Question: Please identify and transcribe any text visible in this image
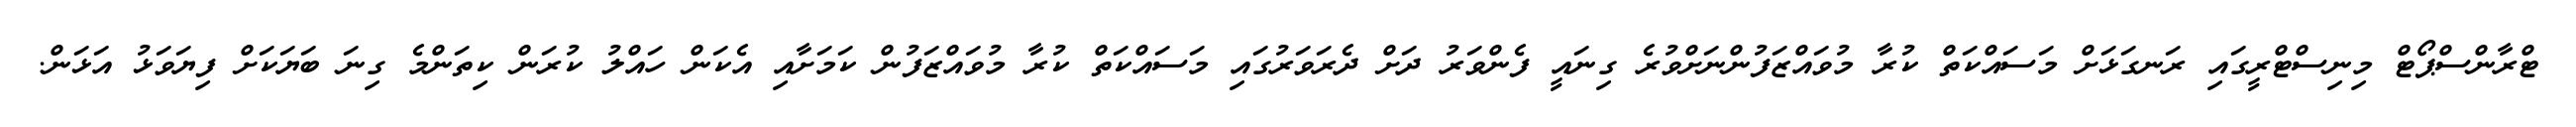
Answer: ޓްރާންސްޕޯޓް މިނިސްޓްރީގައި ރަނގަޅަށް މަސައްކަތް ކުރާ މުވައްޒަފުންނަށްވުރެ ގިނައީ ފެންވަރު ދަށް ދެރަވަރުގައި މަސައްކަތް ކުރާ މުވައްޒަފުން ކަމަށާއި އެކަން ހައްލު ކުރަން ކިތަންމެ ގިނަ ބަޔަކަށް ފިޔަވަޅު އަޅަން.